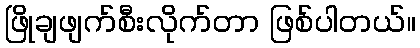
ဖြိုချဖျက်စီးလိုက်တာ ဖြစ်ပါတယ်။